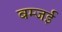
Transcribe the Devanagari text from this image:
बम्जई